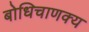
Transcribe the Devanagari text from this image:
बोधिचाणक्य